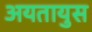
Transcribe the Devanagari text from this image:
अयतायुस